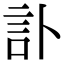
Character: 訃